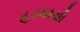
હડકાયો